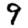
Digit: 9